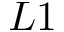
L 1